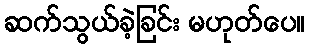
ဆက်သွယ်ခဲ့ခြင်း မဟုတ်ပေ။